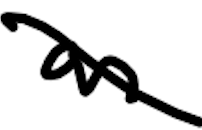
Text: an
Cross-out: mix
Writing tool: digital_black